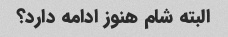
البته شام هنوز ادامه دارد؟